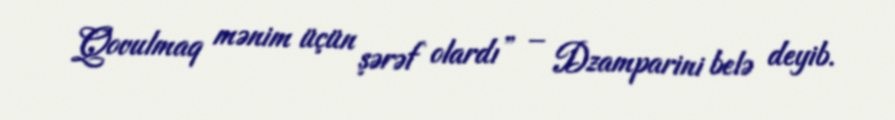
Qovulmaq mənim üçün şərəf olardı” – Dzamparini belə deyib.